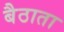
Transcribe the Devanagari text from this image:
बैठाता